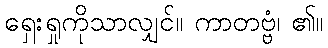
ရှေးရှုကိုသာလျှင်။ ကာတဗ္ဗံ၊ ၏။